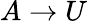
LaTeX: A\to U